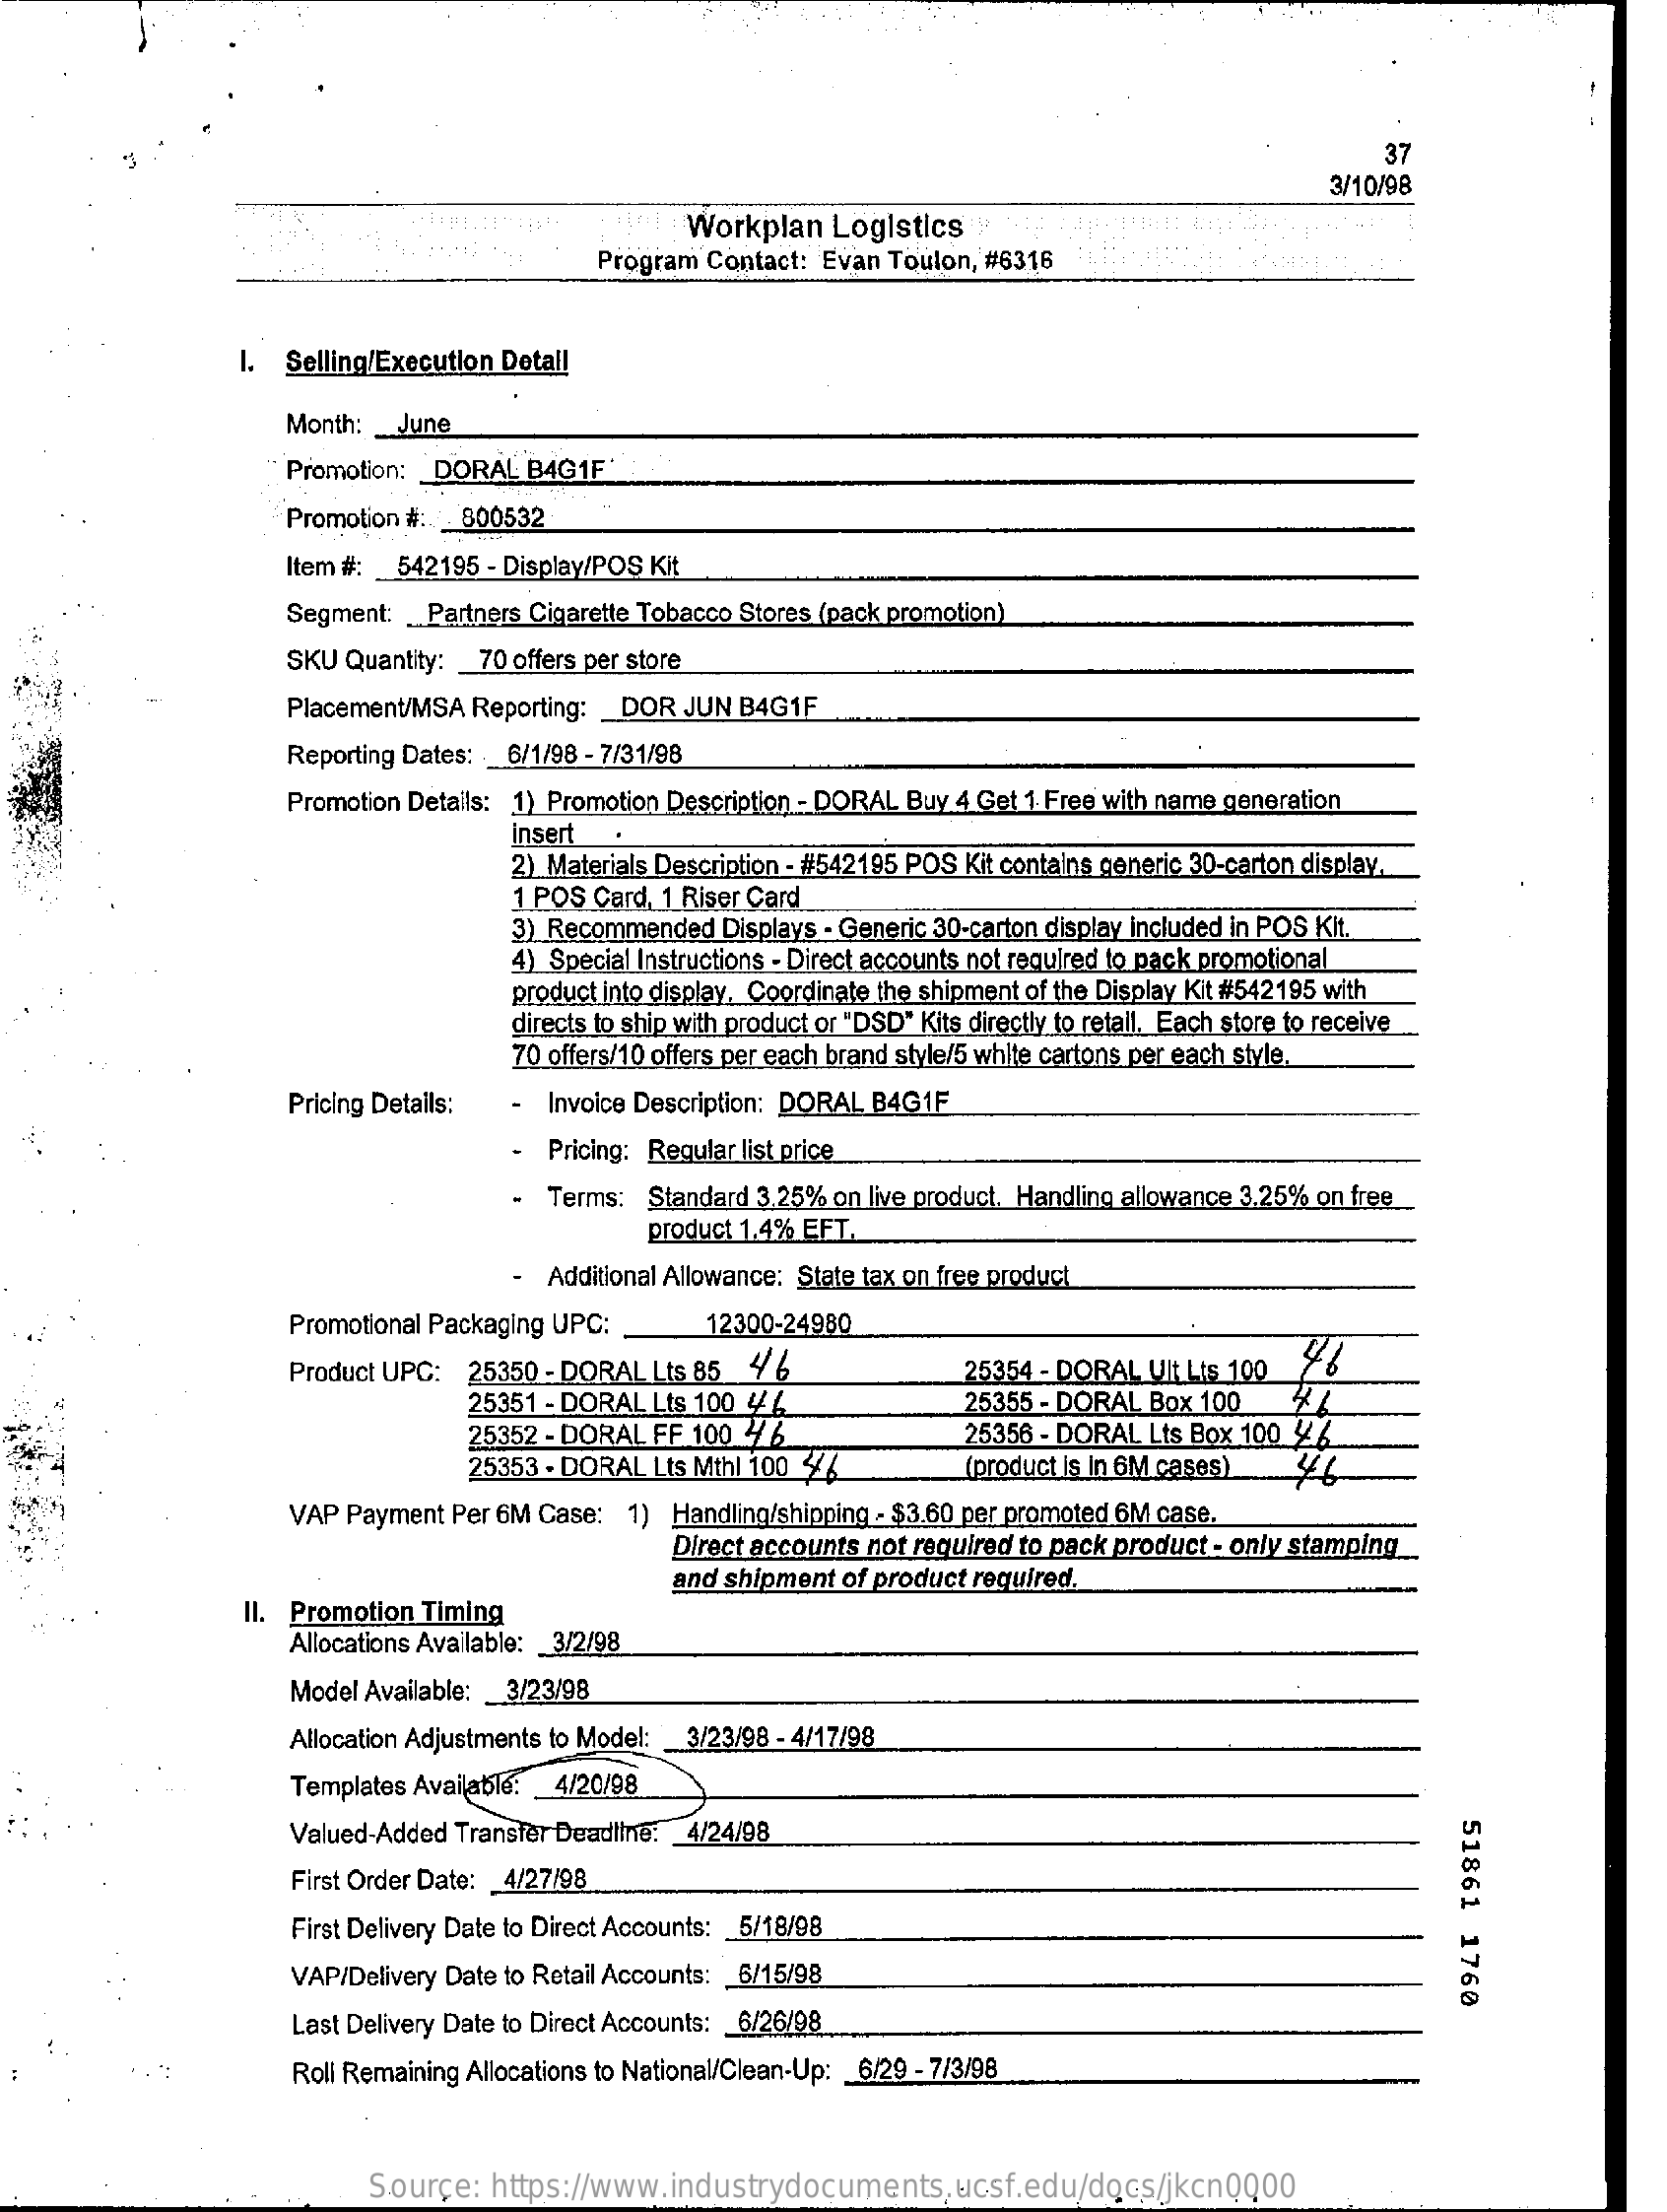
37
     3/10/98
     Workplan  Logistics
     Program Contact: Evan Toulon, #6316
     I. Selling/Execution Detall
     Month: _ June
     Promotion: DORAL B4G1F
     Promotion #: _ 800532
     Item #: _ 542195 - Display/POS Kit
     Segment: _ Partners Cigarette Tobacco Stores (pack promotion)
     SKU Quantity: _ 70 offers per store
     Placement/MSA Reporting: _ DOR JUN B4G1F
     Reporting Dates: _ 6/1/98 - 7/31/98
     Promotion Details: 1) Promotion Description - DORAL Buy 4 Get 1 Free with name generation
     2) Materials Description - #542195 POS Kit contains generic 30-carton display,
     insert
     1 POS Card. 1 Riser Card
     3) Recommended Displays - Generic 30-carton display included in POS Kit.
     4) Special Instructions - Direct accounts not required to pack promotional
     product into display, Coordinate the shipment of the Display Kit #542195 with
     directs to ship with product or "DSD" Kits directly to retall. Each store to receive
     70 offers/10 offers per each brand style/5 white cartons per each style.
     Pricing Details: - Invoice Description: DORAL B4G1F
     - Pricing: Regular list price
     Terms: Standard 3.25% on live product. Handling allowance 3.25% on free
     product 1.4% EFT.
     - Additional Allowance: State tax on free product
     Promotional Packaging UPC:    12300-24980
     Product UPC: 25350 - DORAL Lts 85 4 6
     25351 - DORAL Lts 100 44
     25354 - DORAL Ult Lts 100
     25352 - DORAL FF 100 46
     25355 - DORAL Box 100
     25353 - DORAL Lts Mthl 100 46
     25356 - DORAL Lts Box 100 4 /
     (product is In 6M cases)
     VAP Payment Per 6M Case: 1) Handling/shipping - $3.60 per promoted 6M case.
     Direct accounts not required to pack product - only stamping
     and shipment of product required.
     II. Promotion Timing
     Allocations Available: _ 3/2/98
     Model Available: _ 3/23/98
     Allocation Adjustments to Model: 3/23/98 - 4/17/98
     Templates Available: 4/20/98
     Valued-Added Transfer Deadline: 4/24/98
     51861
     1760
     First Order Date: 4/27/98
     First Delivery Date to Direct Accounts: _ 5/18/98
     VAP/Delivery Date to Retail Accounts: 6/15/98
     Last Delivery Date to Direct Accounts: 6/26/98
     Roli Remaining Allocations to National/Clean-Up: 6/29 - 7/3/98
     Source:  https://www.industrydocuments.ucsf.edu/docs/jkcn0000